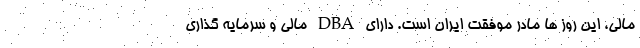
مالی، این روز ها مادر موفقت ایران است. دارای DBA مالي و سرمايه گذاری